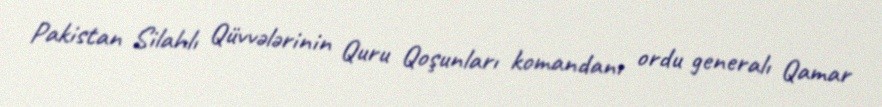
Pakistan Silahlı Qüvvələrinin Quru Qoşunları komandanı ordu generalı Qamar